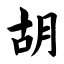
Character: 胡